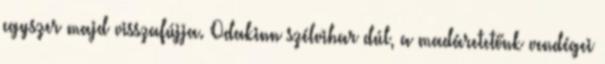
egyszer majd visszafújja. Odakinn szélvihar dúl, a madáretetőnk vendégei